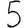
Digit: 5